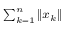
\scriptstyle \sum _ { k = 1 } ^ { n } \| x _ { k } \|